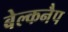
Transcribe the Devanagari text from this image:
बेल्कनैप